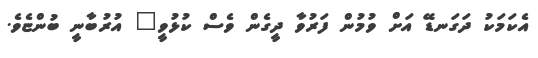
އެކަމަކު ދަގަނޑޭ އަށް ވުމުން ފަރުވާ ދީގެން ވެސް ކުޅުވީ" އުރުބާނީ ބުންޏެވެ.